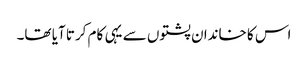
اس کا خاندان پشتوں سے یہی کام کرتا آیا تھا۔